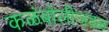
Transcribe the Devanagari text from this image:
कळंबोलीजवळ